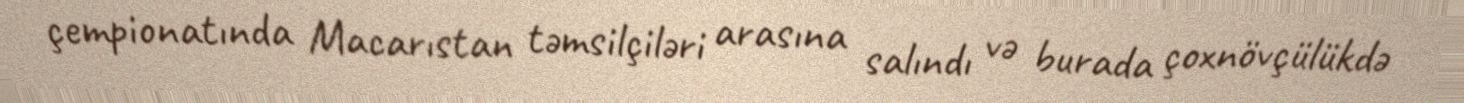
çempionatında Macarıstan təmsilçiləri arasına salındı və burada çoxnövçülükdə